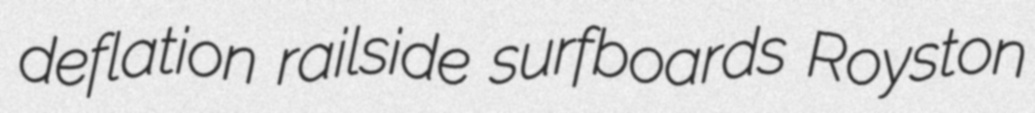
deflation railside surfboards Royston